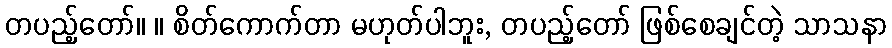
တပည့်တော်။ ။ စိတ်ကောက်တာ မဟုတ်ပါဘူး, တပည့်တော် ဖြစ်စေချင်တဲ့ သာသနာ